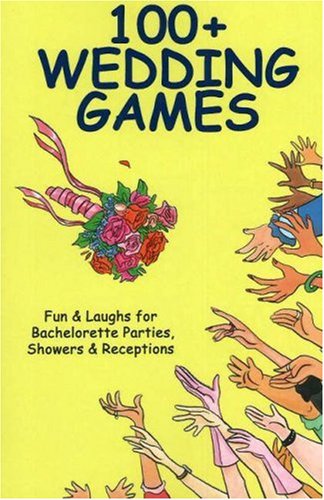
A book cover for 100+ Wedding Games: Fun & Laughs for Bachelorette Parties, Showers & Receptions (100+ series); Joan Wai; Crafts, Hobbies & Home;